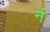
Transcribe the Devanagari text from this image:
र्न